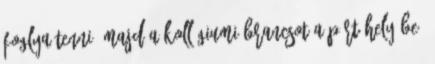
foglya tenni, majd a kollégiumi brancsot a párt helyébe,